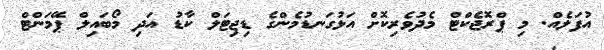
އުފަލެއް. މި ޕްރޮޖެކްޓް މެދުވެރިކޮށް އަޅުގަނޑުމެންގެ ޑިޖިޓަލް ކާޑު އަދި މޯބައިލް ޕޭމަންޓް